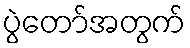
ပွဲတော်အတွက်